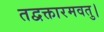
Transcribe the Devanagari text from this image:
तद्वक्तारमवतु।